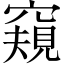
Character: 窺